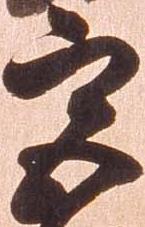
宮